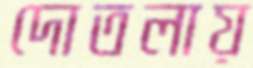
দোতলায়